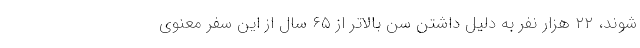
شوند، ۲۲ هزار نفر به دلیل داشتن سن بالاتر از ۶۵ سال از این سفر معنوی